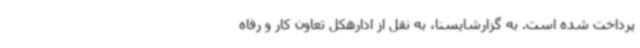
پرداخت شده است. به گزارشایسنا، به نقل از ادارهکل تعاون کار و رفاه